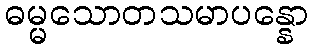
ဓမ္မသောတသမာပန္နော